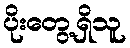
ပိုးတွေ့ရှိသူ